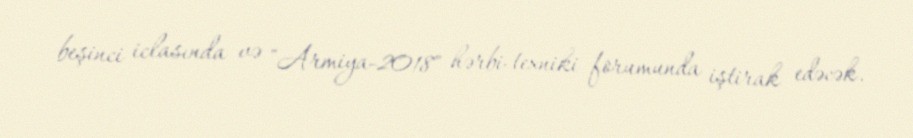
beşinci iclasında və "Armiya-2018" hərbi-texniki forumunda iştirak edəcək.